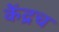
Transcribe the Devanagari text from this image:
केंद्रच